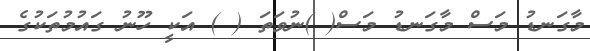
މާގަނޑު މަސް މާގަނޑު މަސް( )ނުވަތަ ( ) އަކީ ހޫނު ގައުމުތަކުގެ